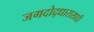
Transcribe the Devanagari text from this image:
जगदोद्धारासाठी